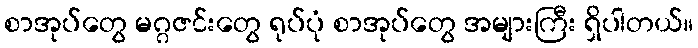
စာအုပ်တွေ မဂ္ဂဇင်းတွေ ရုပ်ပုံ စာအုပ်တွေ အများကြီး ရှိပါတယ်။